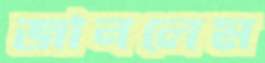
জানলেম